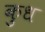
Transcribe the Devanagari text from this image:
कुध